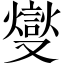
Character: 燮